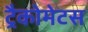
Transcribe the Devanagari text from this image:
ट्रैकोमेटस